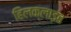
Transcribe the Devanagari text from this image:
हिलक्‍लाइंब